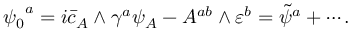
{ \psi _ { 0 } } ^ { a } = i \bar { c } _ { A } \wedge \gamma ^ { a } \psi _ { A } - A ^ { a b } \wedge \varepsilon ^ { b } = { \tilde { \psi } } ^ { a } + \cdots .